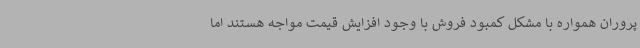
پروران همواره با مشکل کمبود فروش با وجود افزایش قیمت مواجه هستند اما